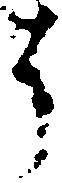
う